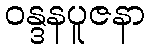
ဝန္ဒနပူဇနာ